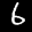
Label: 6